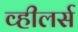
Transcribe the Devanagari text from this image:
व्हीलर्स